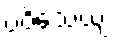
ပဝိသေယျ